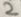
Text: 2